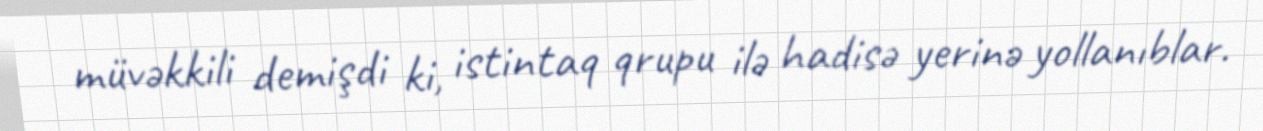
müvəkkili demişdi ki, istintaq qrupu ilə hadisə yerinə yollanıblar.